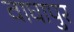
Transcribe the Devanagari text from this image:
वाघापुर